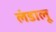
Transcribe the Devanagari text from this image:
लंडालू